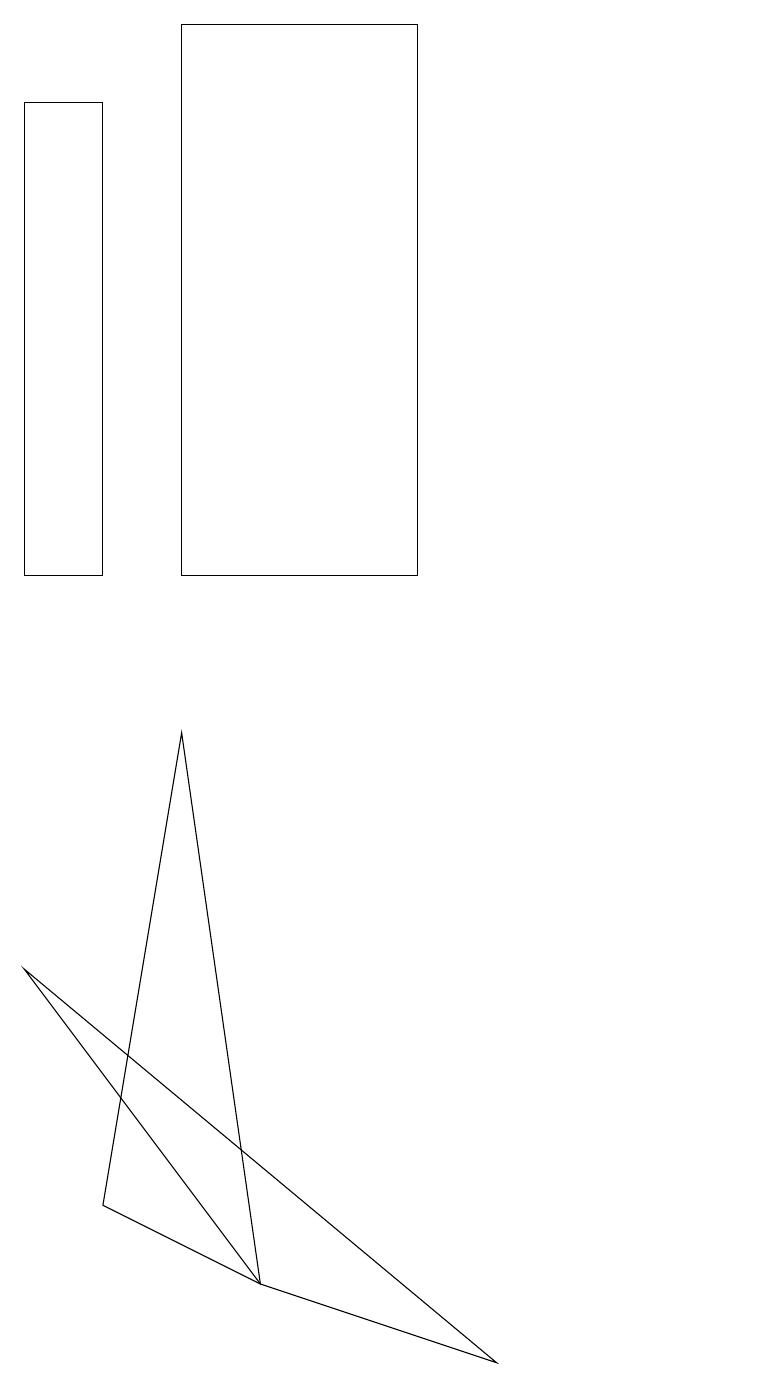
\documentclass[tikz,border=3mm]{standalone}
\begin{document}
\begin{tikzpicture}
\draw (5,2) -- (3,3) -- (4,9) -- cycle;
\draw (4,18) rectangle (7,11);
\draw (2,17) rectangle (3,11);
\draw (8,1) -- (5,2) -- (2,6) -- cycle;
\draw (11,11) circle (0);
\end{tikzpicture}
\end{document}